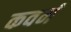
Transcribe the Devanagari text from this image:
कवनं